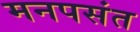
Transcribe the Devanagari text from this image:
मनपसंत